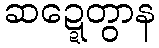
ဆဍ္ဍေတွာန